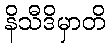
နိသီဒိမှာတိ